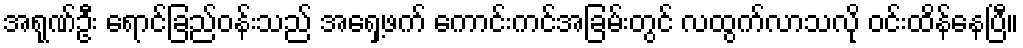
အရုဏ်ဦး ရောင်ခြည်ဝန်းသည် အရှေ့ဖက် ကောင်းကင်အခြမ်းတွင် လထွက်လာသလို ဝင်းထိန်နေပြီ။